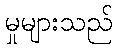
မှုများသည်